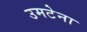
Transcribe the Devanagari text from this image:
उमटेना